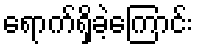
ရောက်ရှိခဲ့ကြောင်း